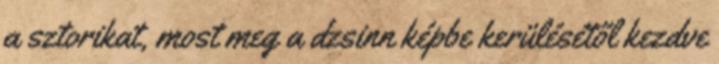
a sztorikat, most meg a dzsinn képbe kerülésétől kezdve